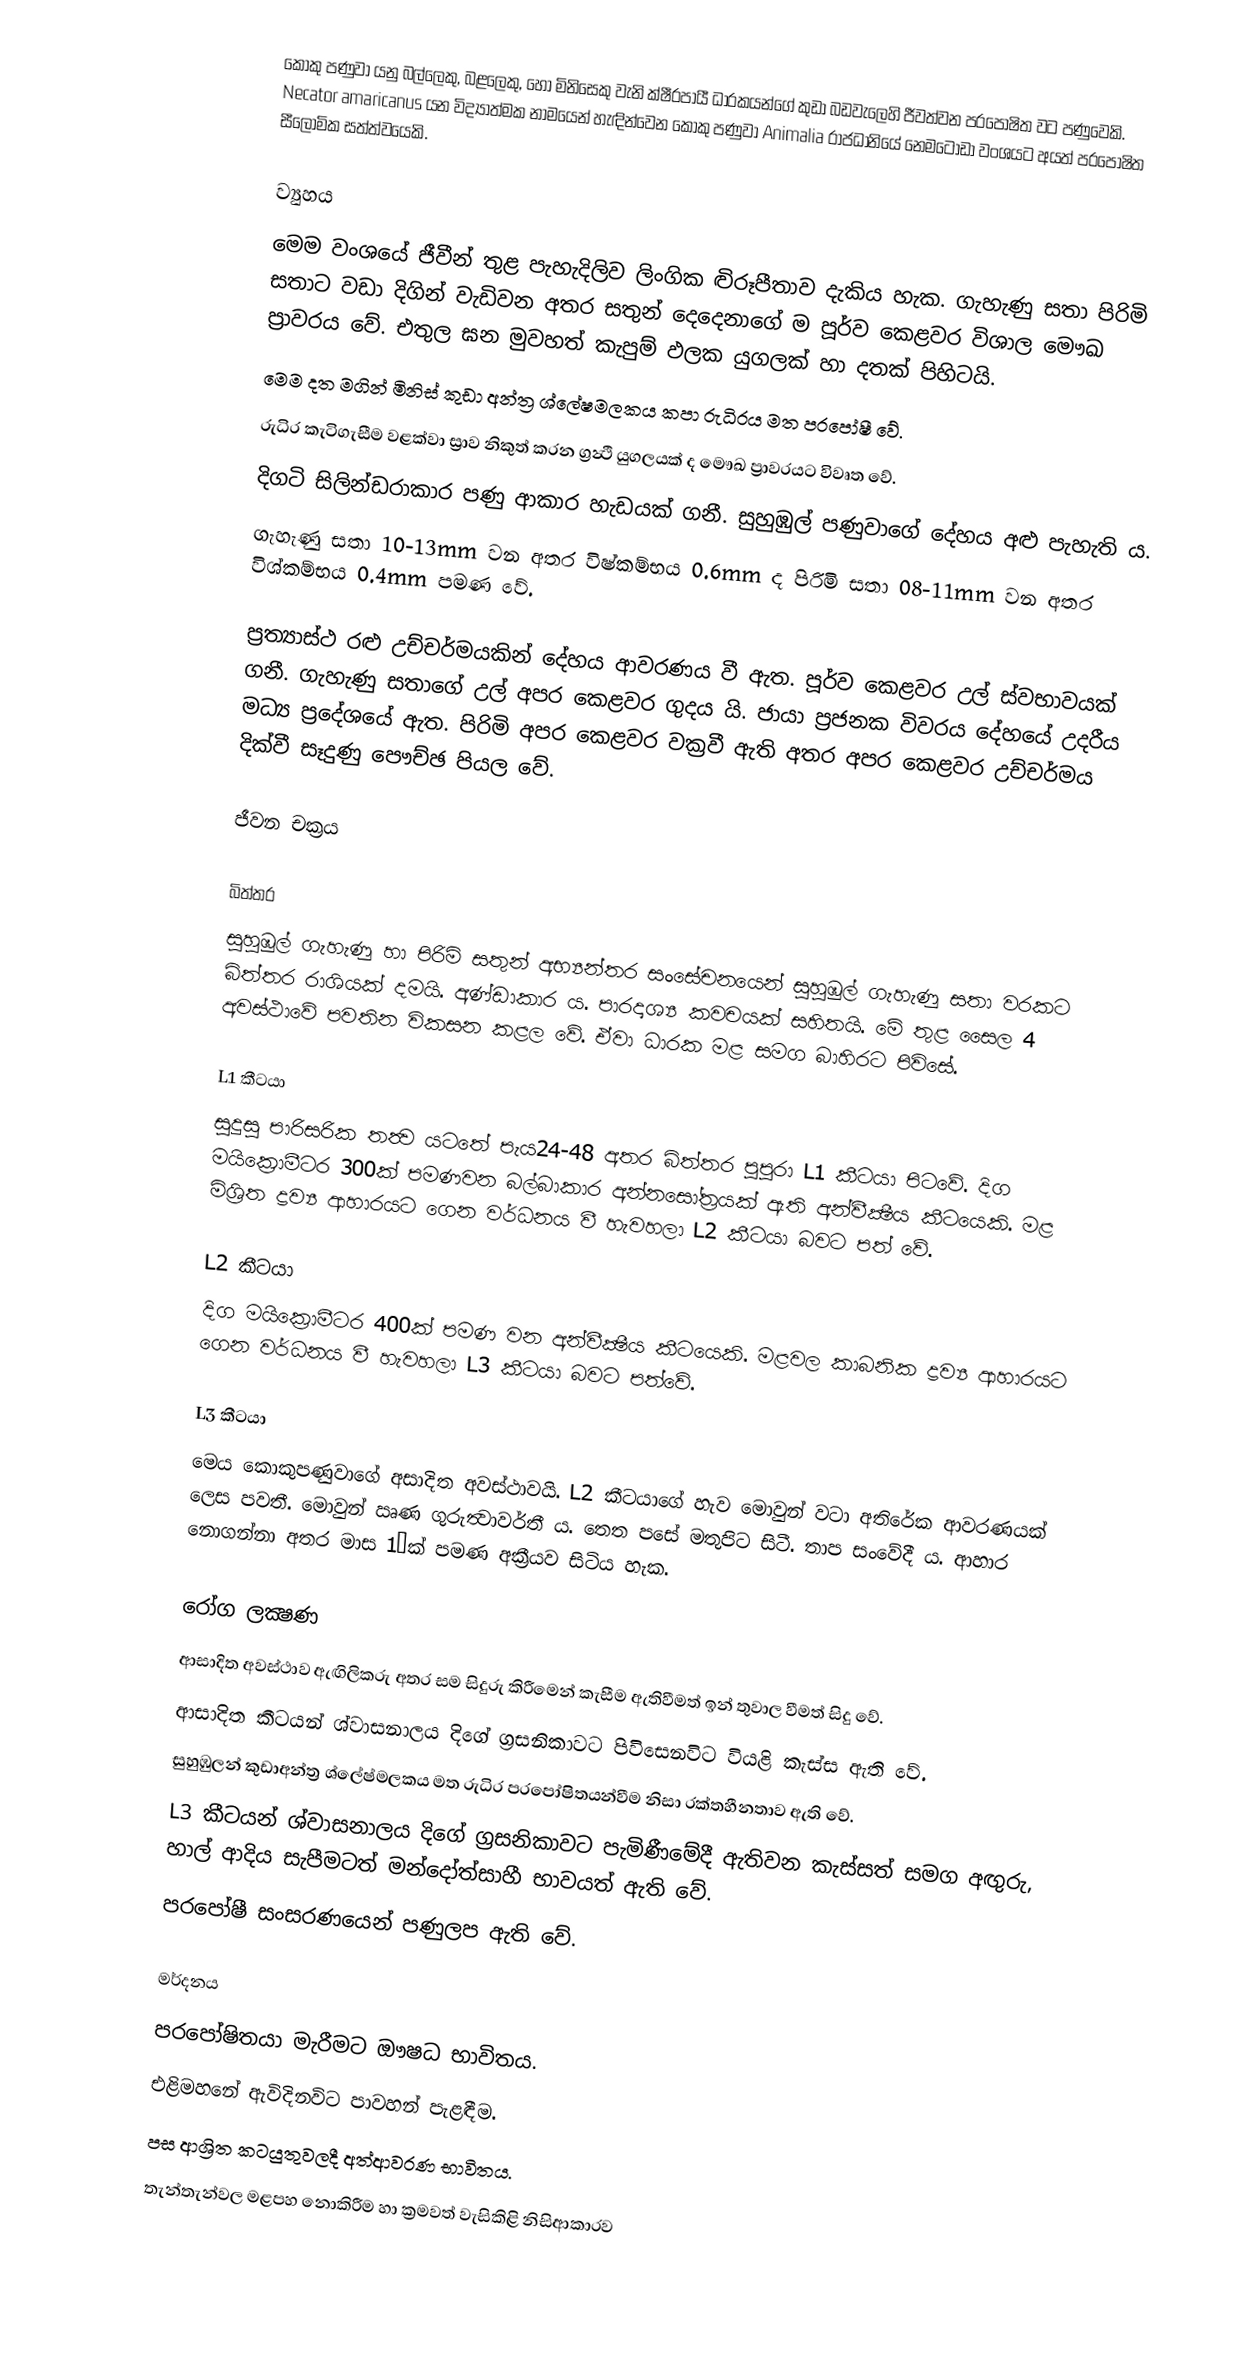
කොකු පණුවා යනු  බල්ලෙකු, බළලෙකු, හෝ මිනිසෙකු වැනි ක්ෂීරපායී ධාරකයන්ගේ කුඩා බඩවැලෙහි ජීවත්වන පරපෝෂිත  වට පණුවෙකි. Necator amaricanus යන විද්‍යාත්මක නාමයෙන් හැඳින්වෙන කොකු පණුවා Animalia රාජධානියේ නෙමටෝඩා වංශයට අයත්  පරපෝෂිත සීලෝමික සත්ත්වයෙකි.

ව්‍යුහය
මෙම වංශයේ ජීවීන් තුළ පැහැදිලිව ලිංගික ද්‍විරූපීතාව දැකිය හැක. ගැහැණු සතා පිරිමි සතාට වඩා දිගින් වැඩිවන අතර සතුන් දෙදෙනාගේ ම පූර්ව කෙළවර විශාල මෞඛ ප්‍රාවරය වේ. එතුල ඝන මුවහත් කැපුම් ඵලක යුගලක් හා දතක් පිහිටයි.
මෙම දත මගින් මිනිස් කුඩා අන්ත්‍ර ශ්ලේෂමලකය කපා රුධිරය මත පරපෝෂී වේ.
රුධිර කැටිගැසීම වළක්වා ස්‍රාව නිකුත් කරන ග්‍රන්‍ථි යුගලයක් ද මෞඛ ප්‍රාවරයට විවෘත වේ.
දිගටි සිලින්ඩරාකාර පණු ආකාර හැඩයක් ගනී. සුහුඹුල් පණුවාගේ දේහය අළු පැහැති ය.
ගැහැණු සතා 10-13mm වන අතර විෂ්කම්භය 0.6mm ද පිරිමි සතා 08-11mm වන අතර විශ්කම්භය 0.4mm පමණ වේ.

ප්‍රත්‍යාස්ථ රළු උච්චර්මයකින් දේහය ආවරණය වී ඇත. පූර්ව කෙළවර උල් ස්‍වභාවයක් ගනී. ගැහැණු සතාගේ උල් අපර කෙළවර ගුදය යි. ජායා ප්‍රජනක විවරය දේහයේ උදරීය මධ්‍ය ප්‍රදේශයේ ඇත. පිරිමි අපර කෙළවර වක්‍රවී ඇති අතර අපර කෙළවර උච්චර්මය දික්වී සෑදුණු පෞච්ඡ පියල වේ.

ජීවන චක්‍රය

බිත්තර
සුහුඹුල් ගැහැණු හා පිරිමි සතුන් අභ්‍යන්තර සංසේචනයෙන් සුහුඹුල් ගැහැණු සතා වරකට බිත්තර රාශියක් දමයි. අණ්ඩාකාර ය. පාරදෘශ්‍ය කවචයක් සහිතයි. මේ තුළ සෛල 4 අවස්ථාවේ පවතින විකසන කළල වේ. ඒවා ධාරක මළ සමග බාහිරට පිවිසේ.

L1 කීටයා
සුදුසු පාරිසරික තත්‍ව යටතේ පැය24-48 අතර බිත්තර පුපුරා L1 කීටයා පිටවේ. දිග මයික්‍රොමීටර 300ක් පමණවන බල්බාකාර අන්නසෝත්‍රයක් ඇති අන්වීක්‍ෂීය කීටයෙකි. මළ මිශ්‍රිත ද්‍රව්‍ය ආහාරයට ගෙන වර්ධනය වී හැවහලා L2 කීටයා බවට පත් වේ.

L2 කීටයා
දිග මයික්‍රොමීටර 400ක් පමණ වන අන්වීක්‍ෂීය කීටයෙකි. මළවල කාබනික ද්‍රව්‍ය ආහාරයට ගෙන වර්ධනය වී හැවහලා L3 කීටයා බවට පත්වේ.

L3 කීටයා
මෙය කොකුපණුවාගේ අසාදිත අවස්ථාවයි. L2 කීටයාගේ හැව මොවුන් වටා අතිරේක ආවරණයක් ලෙස පවතී. මොවුන් ඍණ ගුරුත්‍වාවර්තී ය. තෙත පසේ මතුපිට සිටී. තාප සංවේදී ය. ආහාර නොගන්නා අතර මාස 1½ක් පමණ අක්‍රීයව සිටිය හැක.

රෝග ලක්‍ෂණ
 ආසාදිත අවස්ථාව ඇඟිලිකරු අතර සම සිදුරු කිරීමෙන් කැසීම ඇතිවීමත් ඉන් තුවාල වීමත් සිදු වේ.
 ආසාදිත කීටයන් ශ්වාසනාලය දිගේ ග්‍රසනිකාවට පිවිසෙනවිට වියළි කැස්ස ඇති වේ.
 සුහුඹුලන් කුඩාඅන්ත්‍ර ශ්ලේෂ්මලකය මත රුධිර පරපෝෂිතයන්වීම නිසා රක්තහීනතාව ඇති වේ.
 L3 කීටයන් ශ්වාසනාලය දිගේ ග්‍රසනිකාවට පැමිණීමේදී ඇතිවන කැස්සත් සමග අඟුරු, හාල් ආදිය සැපීමටත් මන්දෝත්සාහී භාවයත් ඇති වේ.
 පරපෝෂී සංසරණයෙන් පණුලප ඇති වේ.

මර්දනය
 පරපෝෂිතයා මැරීමට ඖෂධ භාවිතය.
 එළිමහනේ ඇවිදිනවිට පාවහන් පැළඳීම.
 පස ආශ්‍රිත කටයුතුවලදී අත්ආවරණ භාවිතය.
 තැන්තැන්වල මළපහ නොකිරීම හා ක්‍රමවත් වැසිකිළි නිසිආකාරව